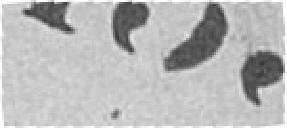
175